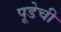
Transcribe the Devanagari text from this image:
पूडेची